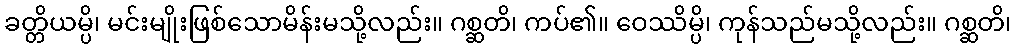
ခတ္တိယမ္ပိ၊ မင်းမျိုးဖြစ်သောမိန်းမသို့လည်း။ ဂစ္ဆတိ၊ ကပ်၏။ ဝေဿိမ္ပိ၊ ကုန်သည်မသို့လည်း။ ဂစ္ဆတိ၊